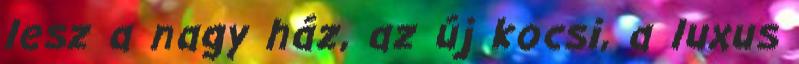
lesz a nagy ház, az új kocsi, a luxus